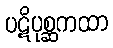
ပဋိပုစ္ဆကထာ